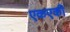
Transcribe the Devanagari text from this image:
एकएकी